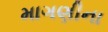
માગણીના